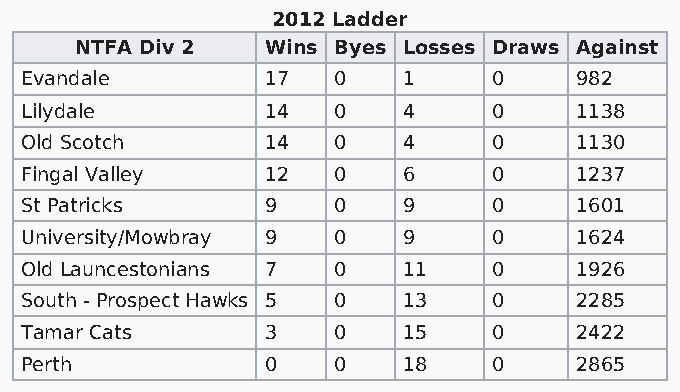
2012 Ladder
 NTFA Div 2   Wins Byes Losses Draws Against
 Evandale         17  0    1     0    982
 Lilydale         14  0    4     0    1138
 Old Scotch       14  0    4     0    1130
 Fingal Valley    12  0    6     0    1237
 St Patricks      9   0    9     0    1601
 University/Mowbray 9 0    9     0    1624
 Old Launcestonians 7 0    11    0    1926
 South - Prospect Hawks 5 0 13   0    2285
 Tamar Cats       3   0    15    0    2422
 Perth            0   0    18    0    2865